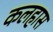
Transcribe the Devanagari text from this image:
कलहास